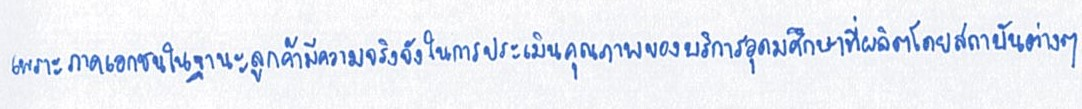
เพราะภาคเอกชนในฐานะลูกค้ามีความจริงจังในการประเมินคุณภาพของบริการอุดมศึกษาที่ผลิตโดยสถาบันต่างๆ